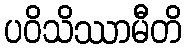
ပဝိသိဿာမီတိ